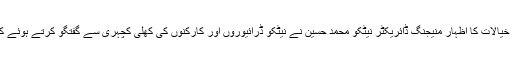
ان خیالات کا اظہار منیجنگ ڈائریکٹر نیٹکو محمد حسین نے نیٹکو ڈرائیوروں اور کارکنوں کی کھلی کچہری سے گفتگو کرتے ہوئے کیا۔